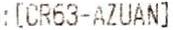
: [CR63-AZUAN]